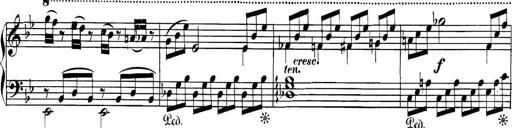
Title: Collected Piano Sonatas
Composer: Muzio Clementi